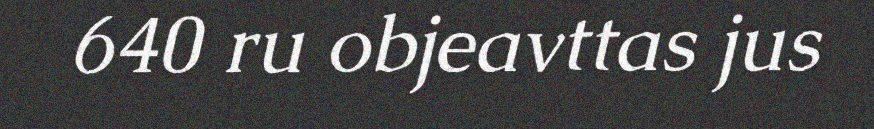
640 ru objeavttas jus